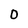
Character: 0